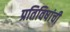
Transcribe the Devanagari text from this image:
प्रतिविषांची